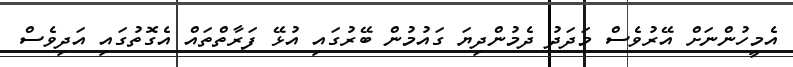
އެމީހުންނަށް އޭރުވެސް މަދަދު ދެމުންދިޔަ ގައުމުން ބޭރުގައި އުޅޭ ފަރާތްތައް އެގޮތުގައި އަދިވެސް